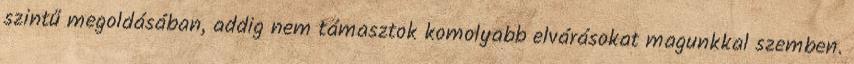
szintű megoldásában, addig nem támasztok komolyabb elvárásokat magunkkal szemben.